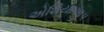
એશિયાઆપ